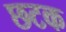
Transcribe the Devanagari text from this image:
छटक